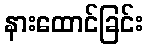
နားထောင်ခြင်း